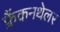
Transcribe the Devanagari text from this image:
फ्रैंकनथेलर